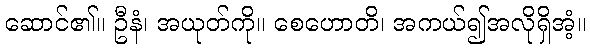
ဆောင်၏။ ဦနံ၊ အယုတ်ကို။ စေဟောတိ၊ အကယ်၍အလိုရှိအံ့။